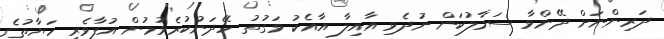
ދަރިންނަށް ދޭންވާ ސަމާލުކަން ނުދެވި އާއިލާ އާއެކު ވަގުތު ހޭދަނުކުރެވުމުން އުފާވެރި ހަޔާތުގެ